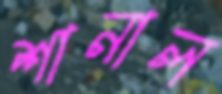
শানাল